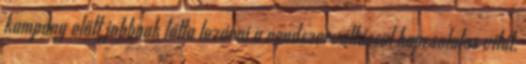
kampány előtt jobbnak látta lezárni a rendszerváltással kapcsolatos vitát,